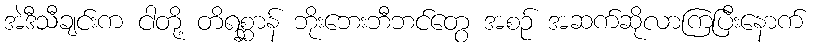
အဲဒီသီချင်းက ငါတို့ တိရစ္ဆာန် ဘိုးဘေးဘီဘင်တွေ အစဉ် အဆက်ဆိုလာကြပြီးနောက်